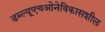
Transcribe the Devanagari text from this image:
डब्‍ल्‍यूएचओनेविकासशील